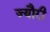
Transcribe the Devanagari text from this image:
ज्यौरी